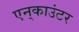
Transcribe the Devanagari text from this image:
एन्‌काउंटर